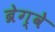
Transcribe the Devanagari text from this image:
ब्रेग्वे